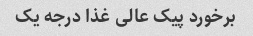
برخورد پیک عالی غذا درجه یک